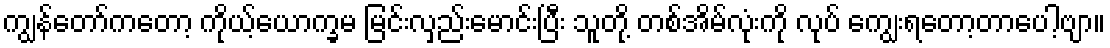
ကျွန်တော်ကတော့ ကိုယ့်ယောက္ခမ မြင်းလှည်းမောင်းပြီး သူတို့ တစ်အိမ်လုံးကို လုပ် ကျွေးရတော့တာပေါ့ဗျာ။